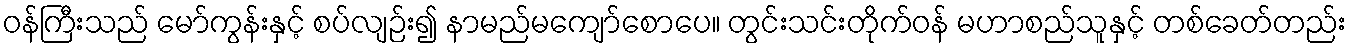
ဝန်ကြီးသည် မော်ကွန်းနှင့် စပ်လျဉ်း၍ နာမည်မကျော်စောပေ။ တွင်းသင်းတိုက်ဝန် မဟာစည်သူနှင့် တစ်ခေတ်တည်း